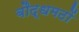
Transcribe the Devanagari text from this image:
बौद्धमठों